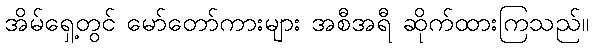
အိမ်ရှေ့တွင် မော်တော်ကားများ အစီအရီ ဆိုက်ထားကြသည်။